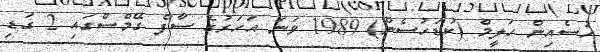
ހުސެއިން ހަލީމް (ކުޑަހުސެން) 1989 ވަނަ އަހަރުގެ ސާފް ގޭމްސްގައި 2 ގަޑި